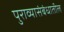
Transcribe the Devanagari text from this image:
पुराव्यासंबंधातील